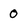
Character: 0